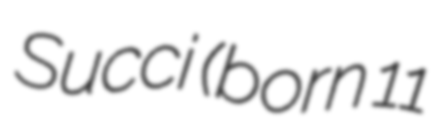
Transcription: Succi (born 11